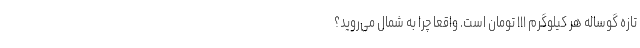
تازه گوساله هر کیلوگرم ۱۱۱ تومان است. واقعا چرا به شمال می‌روید؟